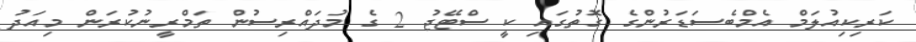
ކަރިކިއުލަމް އެމްބެސަޑަރުންގެ ގޮތުގައި ކީ ސްޓޭޖު 2 ގެ މުދައްރިސުން ތަމްރީނުކުރަން މިއަދު